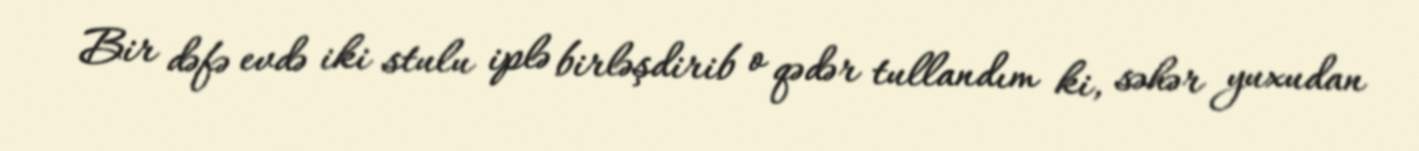
Bir dəfə evdə iki stulu iplə birləşdirib o qədər tullandım ki, səhər yuxudan